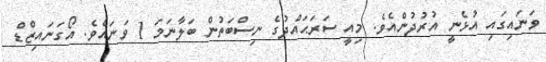
ވަނައިގައި އުޅެނީ އުރުދުންއެވެ. މިއީ ސަރަޙައްދުގެ ނިސްބަަަަަަަަަތުން ބަލާނަމަ 1 ވަނައެވެ. އޯގަނައިޒްޑް